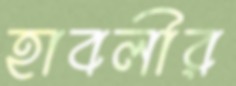
হাবলীর